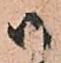
御